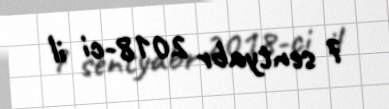
7 sentyabr 2018-ci il